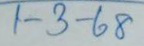
1 - 3 - 68